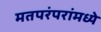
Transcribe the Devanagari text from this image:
मतपरंपरांमध्ये